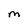
Character: M